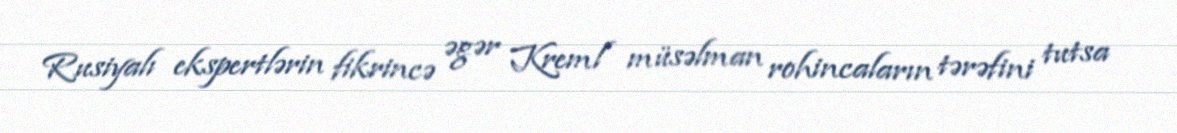
Rusiyalı ekspertlərin fikrincə əgər Kreml müsəlman rohincaların tərəfini tutsa